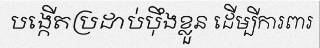
បង្កើតប្រដាប់ប៉ឹងខ្លួន ដើម្បីការពារ